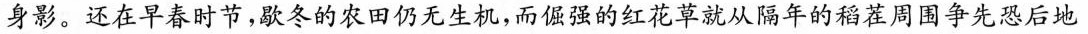
身影。还在早春时节，歇冬的农田仍无生机，而倔强的红花草就从隔年的稻茬周围争先恐后地